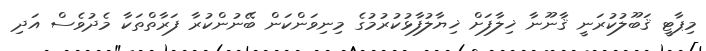
މިޕާޓީ ޤަބޫލުކުރަނީ ޤާނޫނާ ޚިލާފަށް ޚިޔާލުފާޅުކުރުމުގެ މިނިވަންކަން ބޭނުންކުރާ ފަރާތްތަކާ މެދުވެސް އަދި